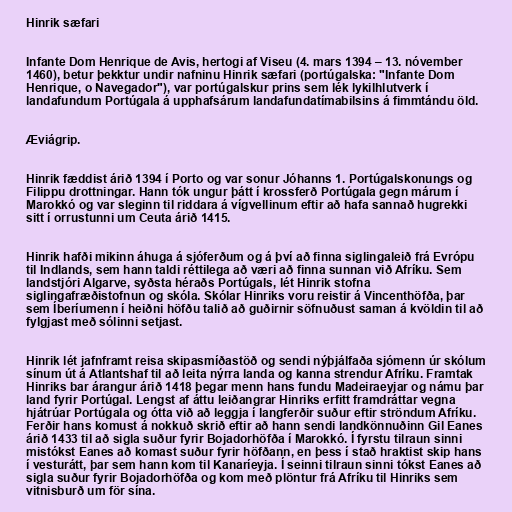
Hinrik sæfari

Infante Dom Henrique de Avis, hertogi af Viseu (4. mars 1394 – 13. nóvember
1460), betur þekktur undir nafninu Hinrik sæfari (portúgalska: "Infante Dom
Henrique, o Navegador"), var portúgalskur prins sem lék lykilhlutverk í
landafundum Portúgala á upphafsárum landafundatímabilsins á fimmtándu öld.

Æviágrip.

Hinrik fæddist árið 1394 í Porto og var sonur Jóhanns 1. Portúgalskonungs og
Filippu drottningar. Hann tók ungur þátt í krossferð Portúgala gegn márum í
Marokkó og var sleginn til riddara á vígvellinum eftir að hafa sannað hugrekki
sitt í orrustunni um Ceuta árið 1415.

Hinrik hafði mikinn áhuga á sjóferðum og á því að finna siglingaleið frá Evrópu
til Indlands, sem hann taldi réttilega að væri að finna sunnan við Afríku. Sem
landstjóri Algarve, syðsta héraðs Portúgals, lét Hinrik stofna
siglingafræðistofnun og skóla. Skólar Hinriks voru reistir á Vincenthöfða, þar
sem Íberíumenn í heiðni höfðu talið að guðirnir söfnuðust saman á kvöldin til að
fylgjast með sólinni setjast.

Hinrik lét jafnframt reisa skipasmíðastöð og sendi nýþjálfaða sjómenn úr skólum
sínum út á Atlantshaf til að leita nýrra landa og kanna strendur Afríku. Framtak
Hinriks bar árangur árið 1418 þegar menn hans fundu Madeiraeyjar og námu þar
land fyrir Portúgal. Lengst af áttu leiðangrar Hinriks erfitt framdráttar vegna
hjátrúar Portúgala og ótta við að leggja í langferðir suður eftir ströndum Afríku.
Ferðir hans komust á nokkuð skrið eftir að hann sendi landkönnuðinn Gil Eanes
árið 1433 til að sigla suður fyrir Bojadorhöfða í Marokkó. Í fyrstu tilraun sinni
mistókst Eanes að komast suður fyrir höfðann, en þess í stað hraktist skip hans
í vesturátt, þar sem hann kom til Kanaríeyja. Í seinni tilraun sinni tókst Eanes að
sigla suður fyrir Bojadorhöfða og kom með plöntur frá Afríku til Hinriks sem
vitnisburð um för sína.